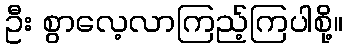
ဦး စွာလေ့လာကြည့်ကြပါစို့။